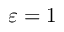
\varepsilon = 1